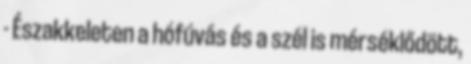
- Északkeleten a hófúvás és a szél is mérséklődött,